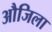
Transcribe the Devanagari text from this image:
औजिला